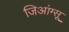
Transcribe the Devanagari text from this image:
जिआंग्सू